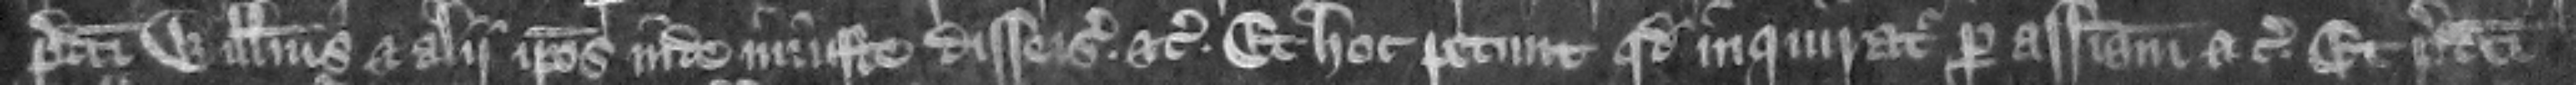
predicti Willelmus et alii ipsos inde iniuste disseisiuerunt etc. Et hoc petunt quod inquiratur per assisam etc. Et predicti